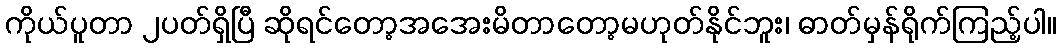
ကိုယ်ပူတာ ၂ပတ်ရှိပြီ ဆိုရင်တော့အအေးမိတာတော့မဟုတ်နိုင်ဘူး၊ ဓာတ်မှန်ရိုက်ကြည့်ပါ။